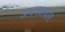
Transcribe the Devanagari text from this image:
अधरप्रावार